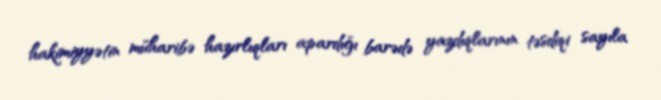
hakimiyyətin müharibə hazırlıqları apardığı barədə yazdıqlarının təsdiqi sayıla